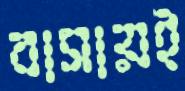
বাসায়ই